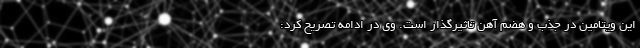
این ویتامین در جذب و هضم آهن تاثیرگذار است. وی در ادامه تصریح کرد: